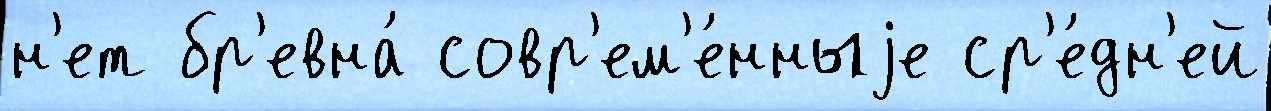
н'ет бр'евна́ совр'ем'е́нныjе ср'е́дн'ей